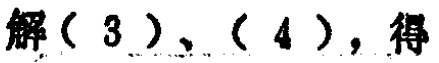
解（3）、（4），得